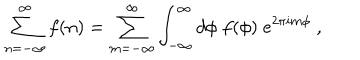
LaTeX: \sum _ { n = - \infty } ^ { \infty } f ( n ) = \sum _ { m = - \infty } ^ { \infty } \int _ { - \infty } ^ { \infty } d \phi \; f ( \phi ) \; e ^ { 2 \pi i m \phi } ~ ,